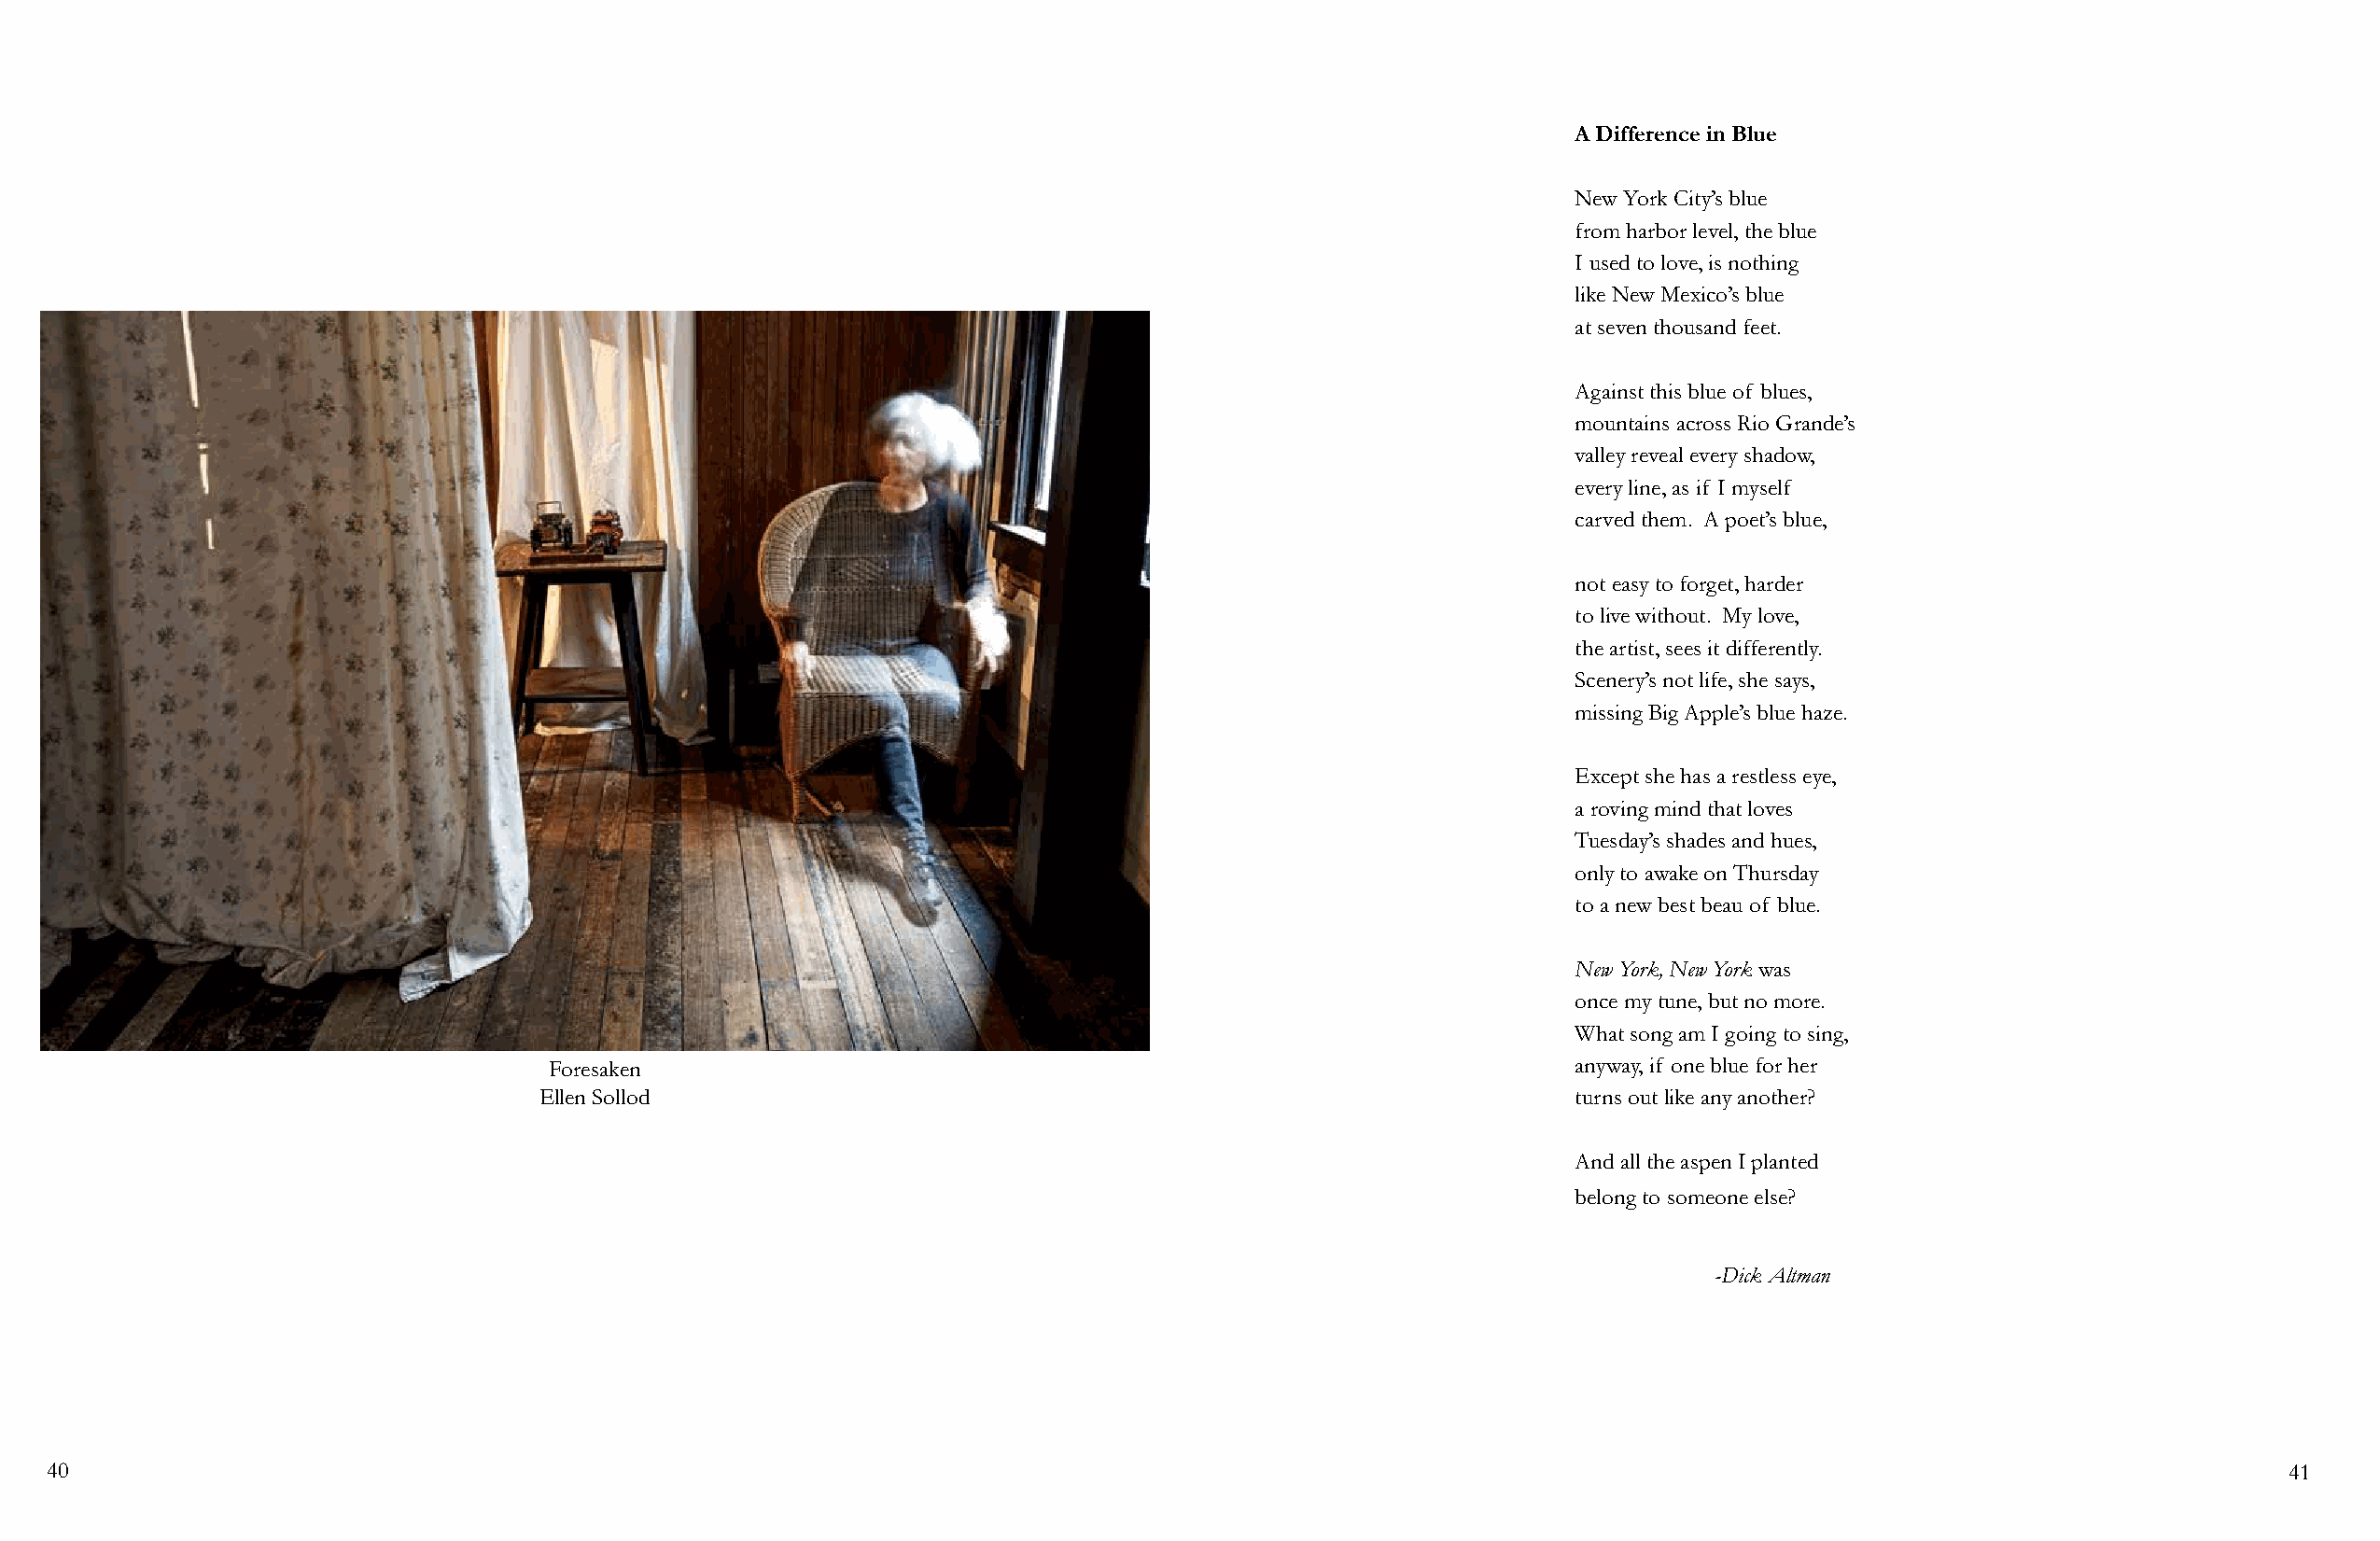
A Difference in Blue
 New York City’s blue
 from harbor level, the blue
 I used to love, is nothing
 like New Mexico’s blue
 at seven thousand feet.
 Against this blue of blues,
 mountains across Rio Grande’s
 valley reveal every shadow,
 every line, as if I myself
 carved them. A poet’s blue,
 not easy to forget, harder
 to live without. My love,
 the artist, sees it differently.
 Scenery’s not life, she says,
 missing Big Apple’s blue haze.
 Except she has a restless eye,
 a roving mind that loves
 Tuesday’s shades and hues,
 only to awake on Thursday
 to a new best beau of blue.
 New York, New York was
 once my tune, but no more.
 What song am I going to sing,
 Foresaken                                                                anyway, if one blue for her
 Ellen Sollod                                                              turns out like any another?
 And all the aspen I planted
 belong to someone else?
 -Dick Altman
 40                                                                                                                                                             41